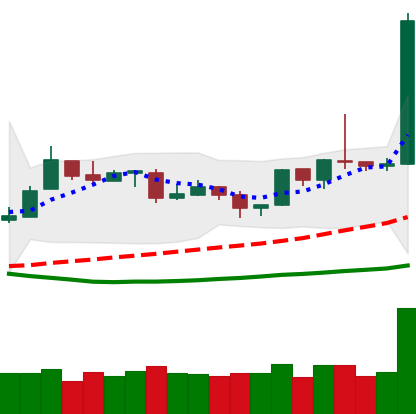
Ticker: ETH-USD
Chart end date: 2019-04-02
Forward return: 6.447%
Label: up_5_7